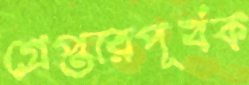
গ্রেপ্তারপূর্বক